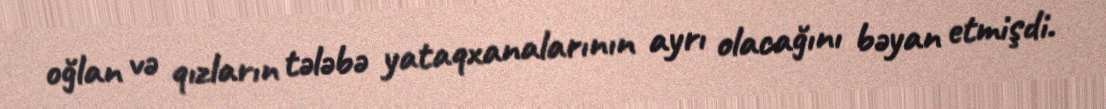
oğlan və qızların tələbə yataqxanalarının ayrı olacağını bəyan etmişdi.